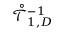
\mathring { \mathcal { T } } _ { 1 , D } ^ { - 1 }